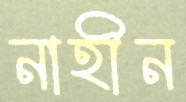
নাহীন